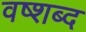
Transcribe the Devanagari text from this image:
वष्शब्द